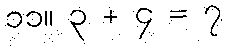
၁၁။ ၃ + ၄ = ၇